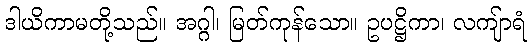
ဒါယိကာမတို့သည်။ အဂ္ဂါ၊ မြတ်ကုန်သော။ ဥပဋ္ဌိကာ၊ လကျ်ာရံ